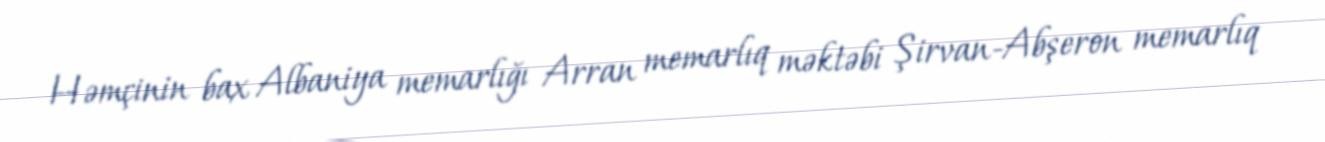
Həmçinin bax Albaniya memarlığı Arran memarlıq məktəbi Şirvan-Abşeron memarlıq